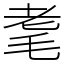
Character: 耄